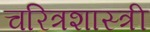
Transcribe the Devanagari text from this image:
चरित्रशास्त्री